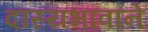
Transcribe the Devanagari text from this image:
दास्यभावाने